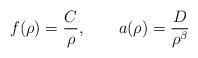
LaTeX: \begin{align*}f(\rho)=\frac{C}{\rho} ,\qquad a(\rho)=\frac{D}{\rho^{\beta}}\end{align*}